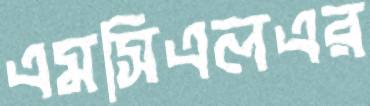
এমসিএলএর